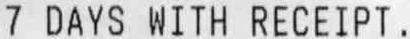
7 DAYS WITH RECEIPT.